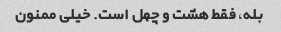
بله، فقط هشت و چهل است. خیلی ممنون